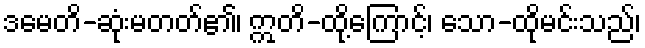
ဒမေတိ-ဆုံးမတတ်၏၊ ဣတိ-ထို့ကြောင့်၊ သော-ထိုမင်းသည်၊